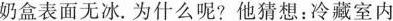
奶盒表面无冰。为什么呢?他猜想：冷藏室内